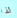
لذا